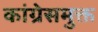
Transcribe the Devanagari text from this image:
कांग्रेसमुक्त